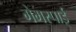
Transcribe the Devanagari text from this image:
गेमस्पाई